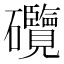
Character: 𥗽